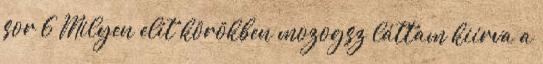
sor 6 Milyen elit körökben mozogsz láttam kiírva a